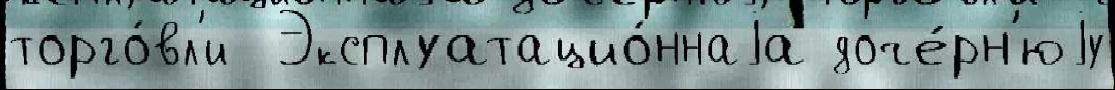
торго́вл'и  Эксплуатацио́ннаjа доче́рн'юjу